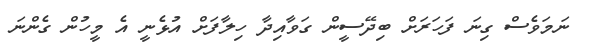
ނަމަވެސް ގިނަ ފަހަރަށް ބިދޭސީން ގަވާއިދާ ހިލާފަށް އުޅެނީ އެ މީހުން ގެންނަ